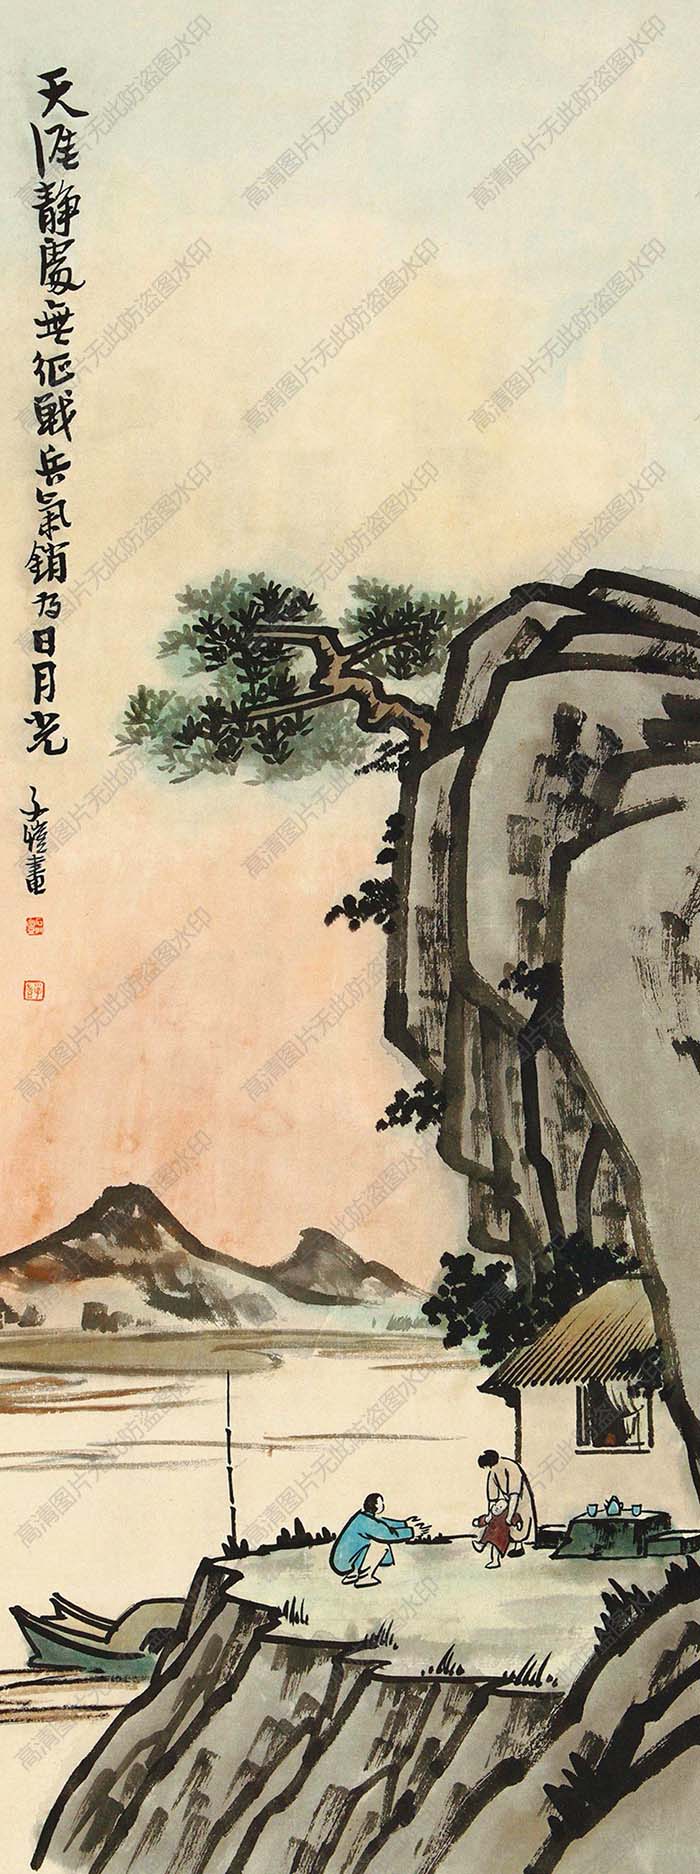
天涯静处无征战，兵气销为日月光。